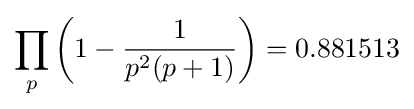
\prod _{p}\left(1-{\frac {1}{p^{2}(p+1)}}\right)=0.881513